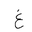
Letter: _gayn